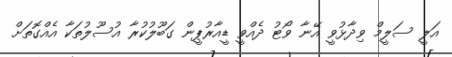
އަލީ ސަލީމް ވިދާޅުވީ އޭނާ ވޯޓު ދެއްވީ ޑީއާރުޕީން ގަބޫލުކުރާ އުސޫލުތަކާ އެއްގޮތަށް